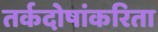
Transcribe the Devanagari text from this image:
तर्कदोषांकरिता